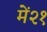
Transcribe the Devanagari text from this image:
में२१